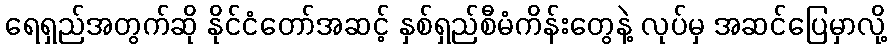
ရေရှည်အတွက်ဆို နိုင်ငံတော်အဆင့် နှစ်ရှည်စီမံကိန်းတွေနဲ့ လုပ်မှ အဆင်ပြေမှာလို့